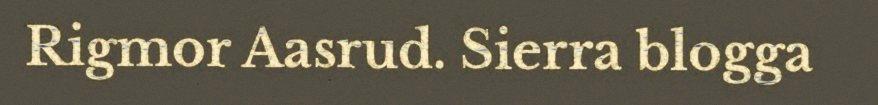
Rigmor Aasrud. Sierra blogga